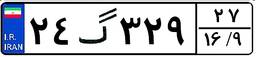
۲۴گ۳۲۹۲۷